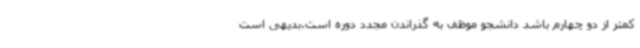
کمتر از دو چهارم باشد دانشجو موظف به گذراندن مجدد دوره است.بدیهی است